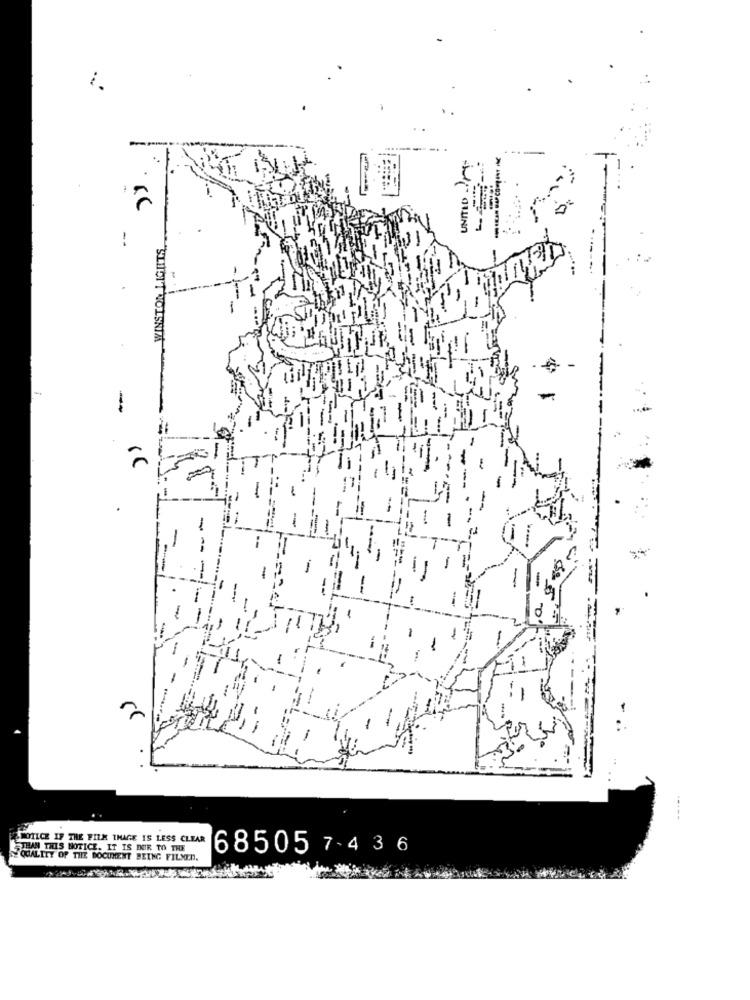
UNITED .
WINSTON LIGHTS.
WILCE IF THE FILM THAGE IS LESS CLEAR
THAN THIS NOTICE. IT IS DER TO THE
68505 7-4 36
QUALITY OF THE DOCUMENT BEING FILNED.